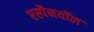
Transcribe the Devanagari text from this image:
एस्पैनयॉल